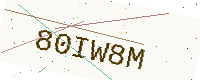
Text: 80IW8M